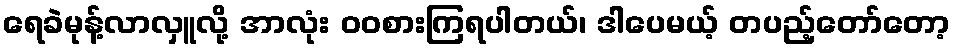
ရေခဲမုန့်လာလှူလို့ အာလုံး ဝဝစားကြရပါတယ်၊ ဒါပေမယ့် တပည့်တော်တော့